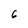
Character: 6